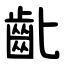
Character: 齔